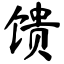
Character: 馈